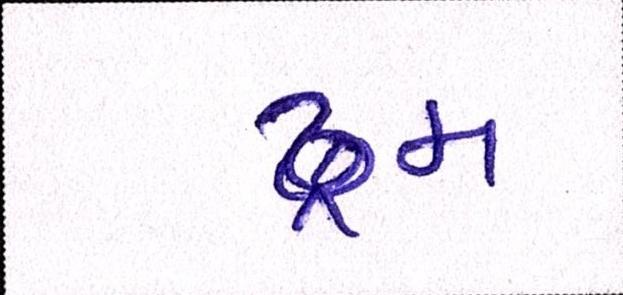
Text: ડ્રમ